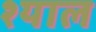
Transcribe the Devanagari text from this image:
श्याल